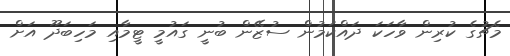
މެޗުގެ ކުރިން ވާހަކަ ދައްކަމުން ސުޒޭން ބުނީ ގައުމީ ޓީމާއި މަހިބަދޫ އަށް